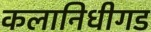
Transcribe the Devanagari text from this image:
कलानिधीगड